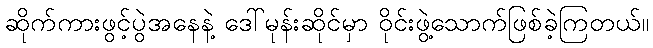
ဆိုက်ကားဖွင့်ပွဲအနေနဲ့ ဒေါ်မုန်းဆိုင်မှာ ဝိုင်းဖွဲ့သောက်ဖြစ်ခဲ့ကြတယ်။